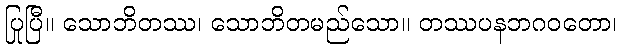
ပြုပြီ။ သောဘိတဿ၊ သောဘိတမည်သော။ တဿပနဘဂဝတော၊